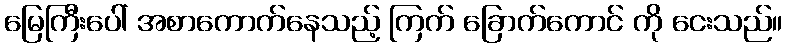
မြေကြီးပေါ် အစာကောက်နေသည့် ကြက် ခြောက်ကောင် ကို ငေးသည်။